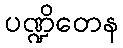
ပဏ္ဍိတေန